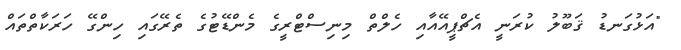
"އަޅުގަނޑު ޤަބޫލު ކުރަނީ އެޗްޕީއޭއާއި ހެލްތް މިނިސްޓްރީގެ މެންޑޭޓުގެ ތެރޭގައި ހިންގޭ ހަރަކާތްތައް